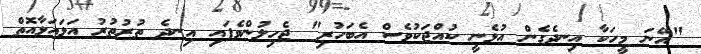
"އޭނަ މީހަކާ އިނދެގެން އުޅެނީ ކުއްޖަކުވެސް އެބަހުރި" ޖެހިލުންވެފައި އިނދެ ތުރުތުރު އަޅައަޅާއޮތް